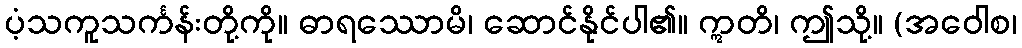
ပံ့သကူသင်္ကန်းတို့ကို။ ဓာရဿောမိ၊ ဆောင်နိုင်ပါ၏။ ဣတိ၊ ဤသို့။ (အဝေါစ၊